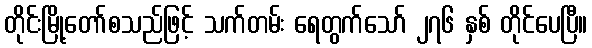
တိုင်းမြို့တော်စသည်ဖြင့် သက်တမ်း ရေတွက်သော် ၂၇၆ နှစ် တိုင်ပေပြီ။